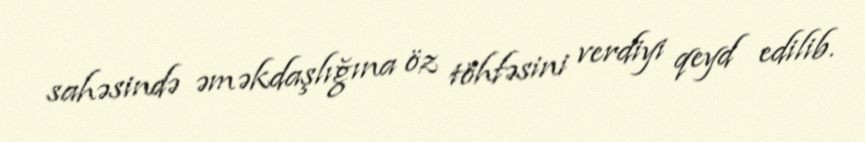
sahəsində əməkdaşlığına öz töhfəsini verdiyi qeyd edilib.